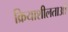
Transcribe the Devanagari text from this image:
क्रियाशीलताओं